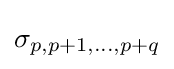
\sigma _{p,p+1,...,p+q}